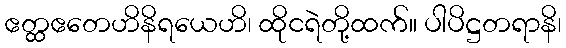
ဧတ္ထဧတေဟိနိရယေဟိ၊ ထိုငရဲတို့ထက်။ ပါပိဋ္ဌတရာနိ၊